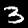
Digit: 3